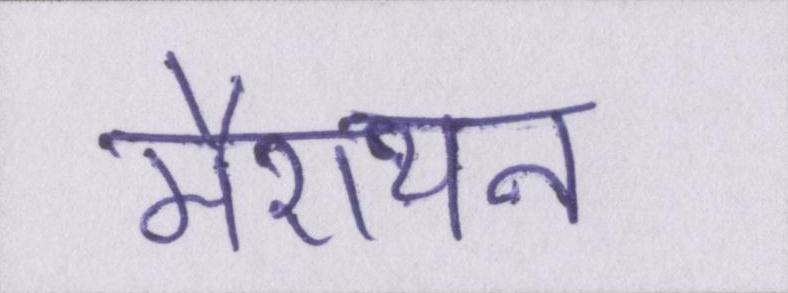
मैराथन